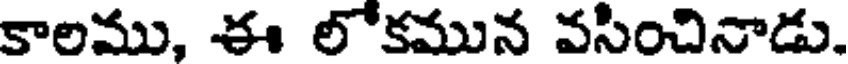
కాలము, ఈ లోకమున వసించినాడు.